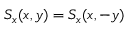
S _ { x } ( x , y ) = S _ { x } ( x , - y )